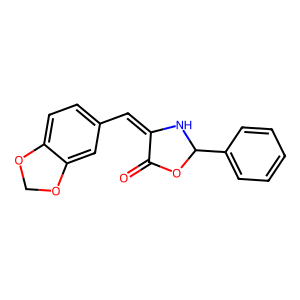
SMILES: O=C1OC(c2ccccc2)NC1=Cc1ccc2c(c1)OCO2
Inhibits HIV replication: No